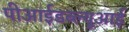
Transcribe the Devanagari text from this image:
पीआईडब्ल्यूआई